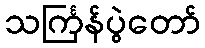
သင်္ကြန်ပွဲတော်